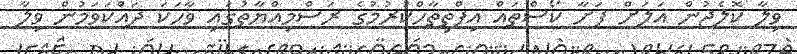
ވިލާ ކޮލެޖުން އަލަށް ފަށާ ކޯސްތައް އިފްތިތާހްކުރުމުގެ ރަސްމިއްޔާތުގައި ވާހަކަ ދައްކަވަމުން ވިލާ